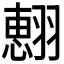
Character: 𮋍